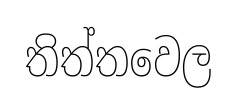
තිත්තවෙල